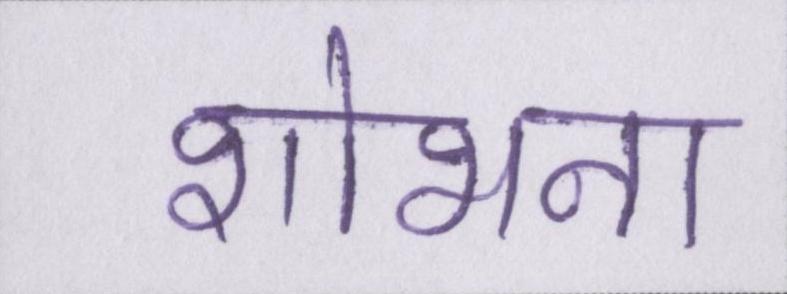
शोभना